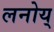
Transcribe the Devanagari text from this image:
लनोय्